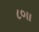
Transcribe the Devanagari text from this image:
८०।।